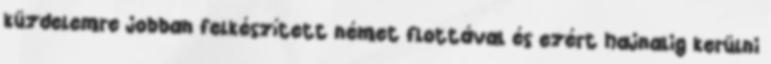
küzdelemre jobban felkészített német flottával és ezért hajnalig kerülni